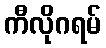
ကီလိုဂရမ်